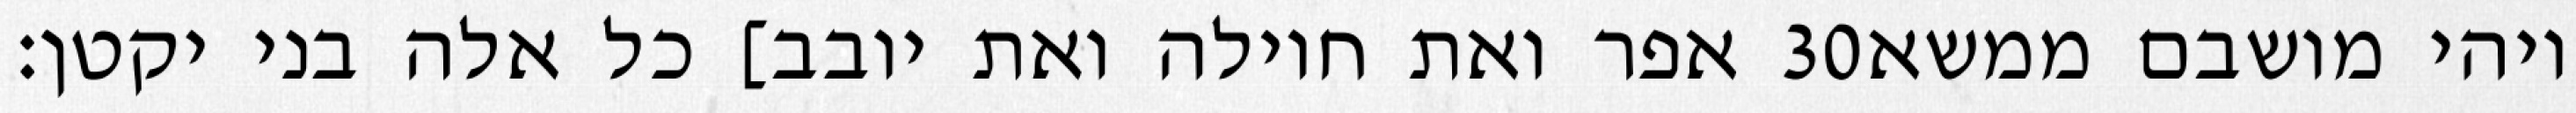
אפר ואת חוילה ואת יובב] כל אלה בני יקטן׃ ‎30‏ ויהי מושבם ממשא